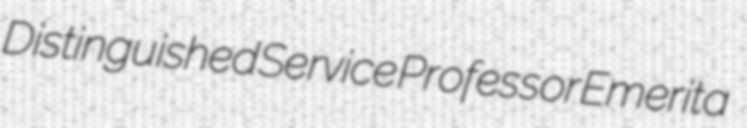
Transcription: Distinguished Service Professor Emerita